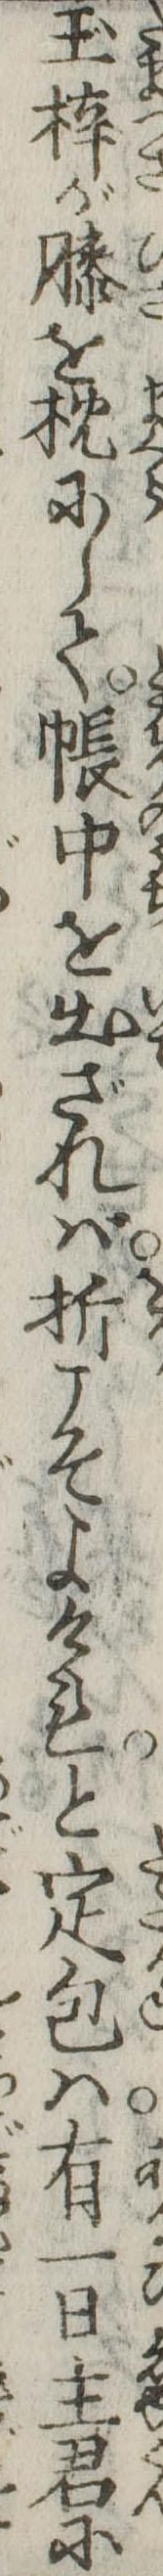
玉梓が膝を枕にして帳中を出ざれば折こそよけれと定包は有一日主君に